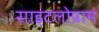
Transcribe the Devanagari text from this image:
साइटलोप्राम